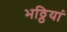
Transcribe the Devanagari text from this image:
भठ्ठियां